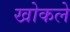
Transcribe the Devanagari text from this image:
खोकले